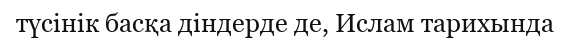
түсінік басқа діндерде де, Ислам тарихында